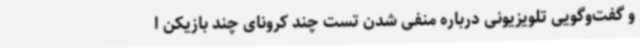
و گفت‌وگویی تلویزیونی درباره منفی شدن تست چند کرونای چند بازیکن ا